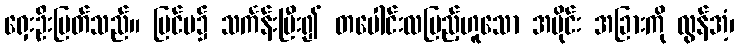
ရှေးဦးပြတ်သည်။ ပြင်ပ၌ သင်္ကန်းပြီး၍ တပေါင်းလပြည့်ဟူသော အပိုင်း အခြားကို လွန်အံ့၊